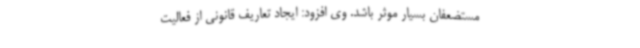
مستضعفان بسیار موثر باشد. وی افزود: ایجاد تعاریف قانونی از فعالیت